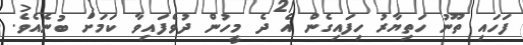
ފަހައި ތޫނު ހަތިޔާރު ހިފައިގެން އެ ދެ މީހުން ދުވެފައިވާ ކަމަށް ބުނެއެވެ.